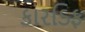
કારડિફ